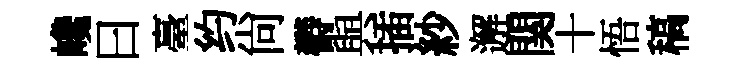
巉曰臺约尙欎與插紗邂関十悟稿